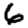
Digit: 6